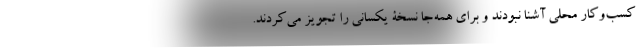
کسب‌وکار محلی آشنا نبودند و برای همه‌جا نسخۀ یکسانی را تجویز می‌کردند.